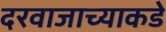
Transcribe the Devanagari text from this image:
दरवाजाच्याकडे